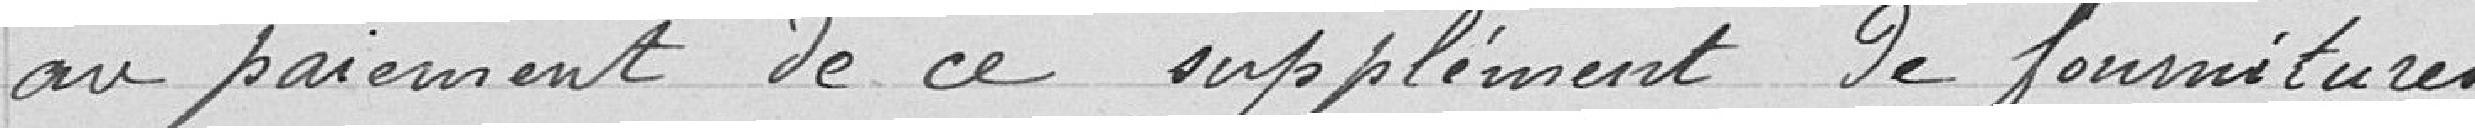
au paiement de ce supplément de fournitures.